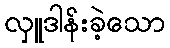
လှူဒါန်းခဲ့သော